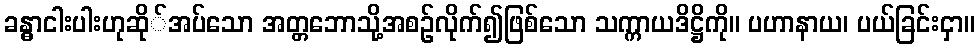
ခန္ဓာငါးပါးဟုဆို်အပ်သော အတ္တဘောသို့အစဉ်လိုက်၍ဖြစ်သော သက္ကာယဒိဋ္ဌိကို။ ပဟာနာယ၊ ပယ်ခြင်းငှာ။